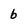
Character: 6